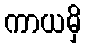
ကာယမှိ